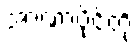
အာဏာပိုင်တို့